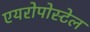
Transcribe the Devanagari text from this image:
एयरोपोस्टेल